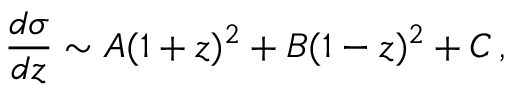
{ \frac { d \sigma } { d z } } \sim A ( 1 + z ) ^ { 2 } + B ( 1 - z ) ^ { 2 } + C \, ,